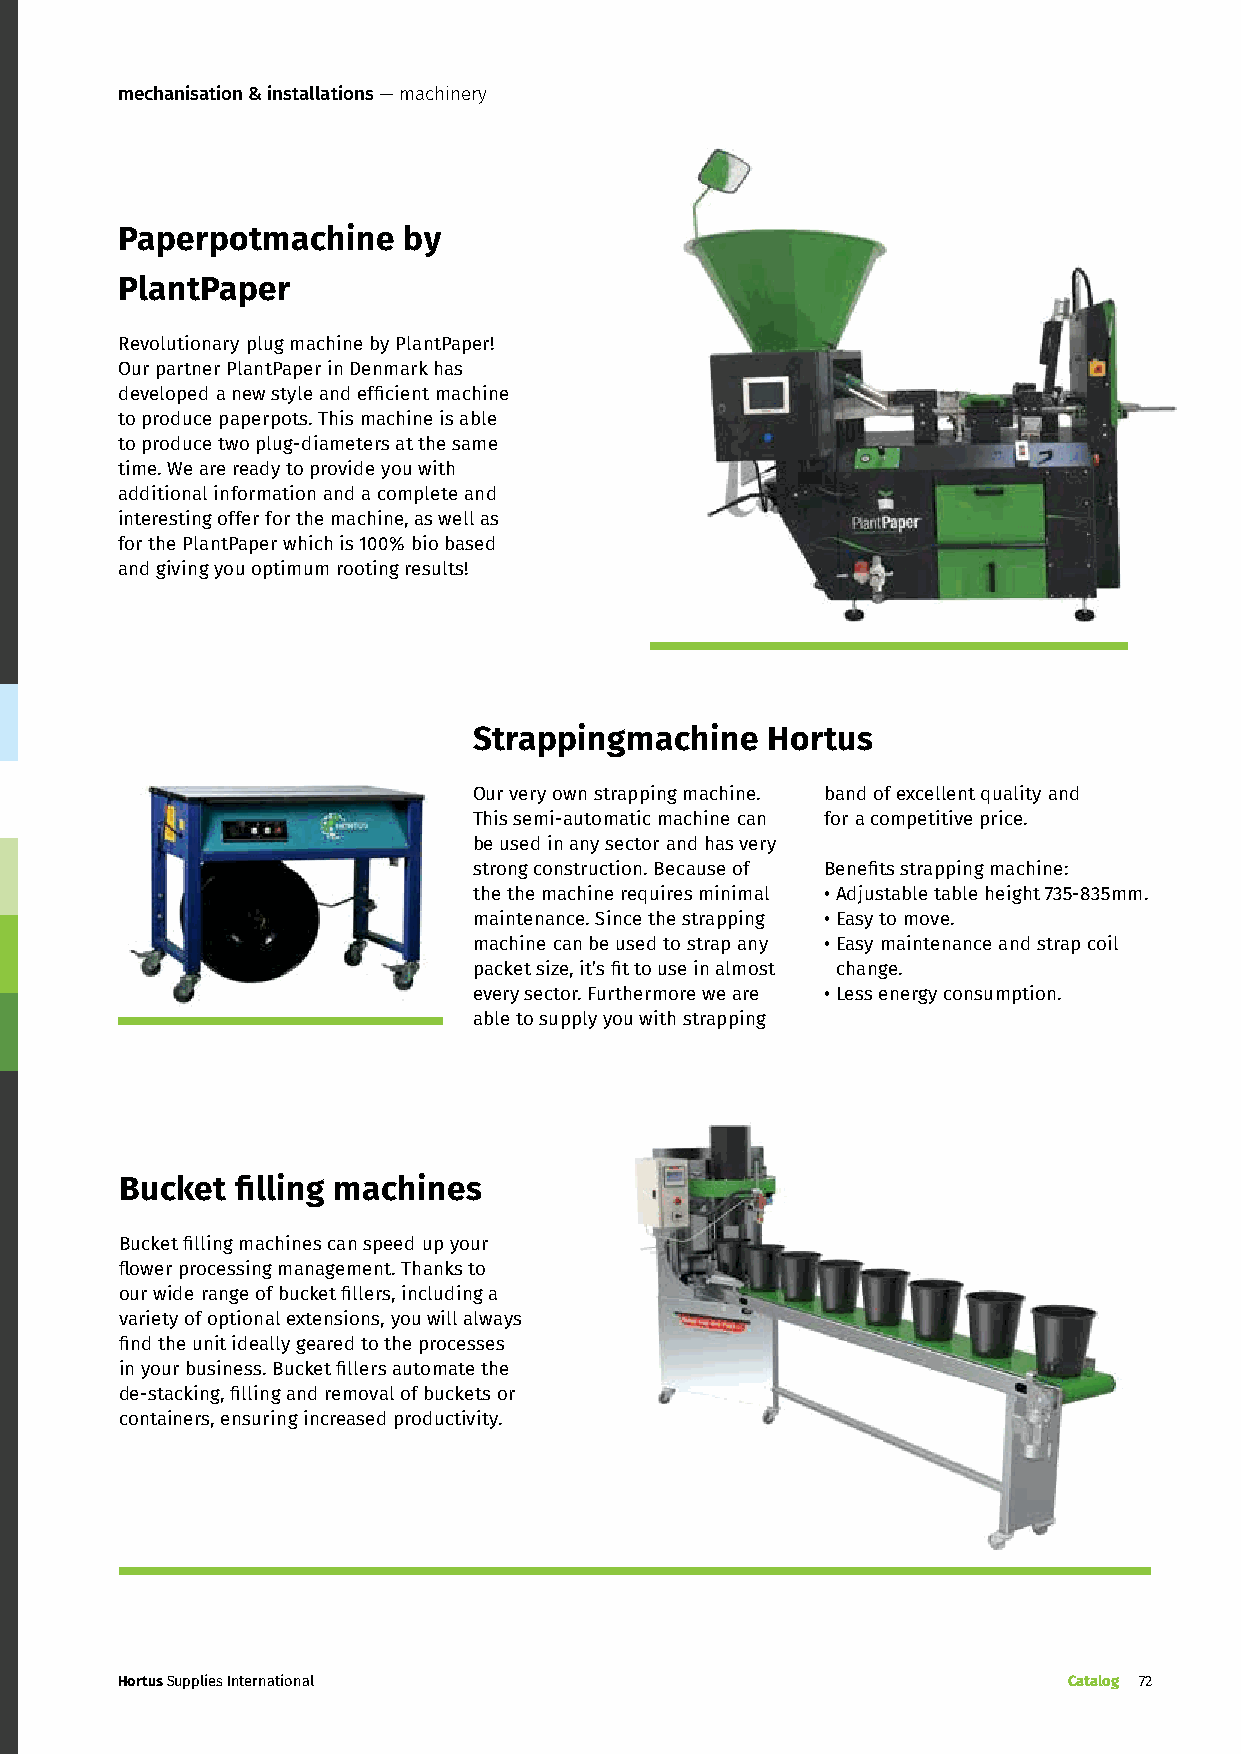
mechanisation & installations — machinery
 Paperpotmachine    by
 PlantPaper
 Revolutionary plug machine by PlantPaper!
 Our partner PlantPaper in Denmark has
 developed a new style and efficient machine
 to produce paperpots. This machine is able
 to produce two plug-diameters at the same
 time. We are ready to provide you with
 additional information and a complete and
 interesting offer for the machine, as well as
 for the PlantPaper which is 100% bio based
 and giving you optimum rooting results!
 Strappingmachine    Hortus
 Our very own strapping machine. band of excellent quality and
 This semi-automatic machine can for a competitive price.
 be used in any sector and has very
 strong construction. Because of Benefits strapping machine:
 the the machine requires minimal • Adjustable table height 735-835mm.
 maintenance. Since the strapping • Easy to move.
 machine can be used to strap any • Easy maintenance and strap coil
 packet size, it’s fit to use in almost change.
 every sector. Furthermore we are • Less energy consumption.
 able to supply you with strapping
 Bucket  filling machines
 Bucket filling machines can speed up your
 flower processing management. Thanks to
 our wide range of bucket fillers, including a
 variety of optional extensions, you will always
 find the unit ideally geared to the processes
 in your business. Bucket fillers automate the
 de-stacking, filling and removal of buckets or
 containers, ensuring increased productivity.
 Hortus Supplies International                                  Catalog 72